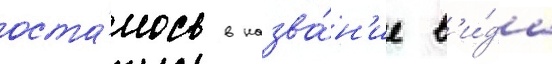
оста́лось в назва́н'ие в'и́да